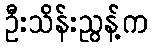
ဦးသိန်းညွန့်က